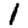
Digit: 1